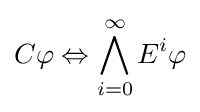
C\varphi \Leftrightarrow \bigwedge _{i=0}^{\infty }E^{i}\varphi